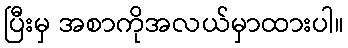
ပြီးမှ အစာကိုအလယ်မှာထားပါ။